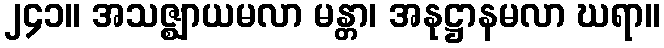
၂၄၁။ အသဇ္ဈာယမလာ မန္တာ၊ အနုဋ္ဌာနမလာ ဃရာ။